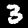
Label: 3